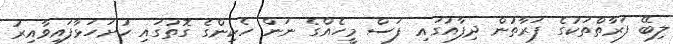
ލިބޭ ފަރާތްތަކުގެ ފަރާތުން ދިފާއުގައި ފަސް މީހެއްގެ ނަން ހެކިންގެ ގޮތުގައި ހުށަހަޅާފައިވާއިރު